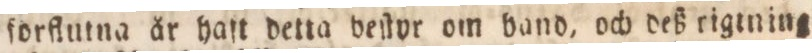
forflutna år haft detta beſtyr om band, och deß rigining